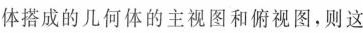
体搭成的几何体的主视图和俯视图，则这